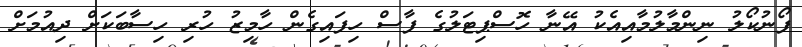
ފޯނުކޯލު ނިންމާލުމާއިއެކު އޭނާ ހޮސްޕިޓަލުގެ ފާސް ހިފައިގެން ހާމިޒު ހުރި ހިސާބަކަށް ދިއުމަށް